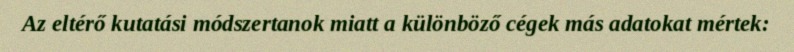
Az eltérő kutatási módszertanok miatt a különböző cégek más adatokat mértek: